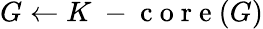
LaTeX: G\leftarrow K\mathrm{~-~c~o~r~e~}(G)